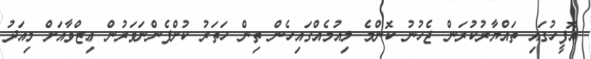
އޮފީހުގައި ތައްޔާރުކުރަން ޖެހުނު ކޮންމެ ލިއުމެއްގައިހެން ތިން ހަތަރު ކުށްފެންނަވަރުން ޢިޒްވާއަށް މިއަދު